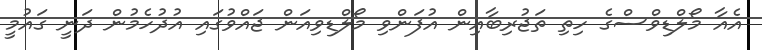
އެއާ މޯލްޑިވްސްގެ ހިތި ތަޖުރިބާއިން އުފަންވި މޯލްޑިވިއަން ޖައްވުގައި އުދުހެމުން ދަނީ ގައުމީ